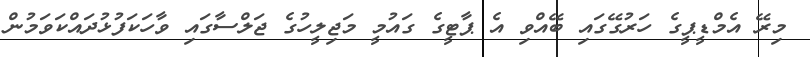
މިރޭ އެމްޑީޕީގެ ހަރުގޭގައި ބޭއްވި އެ ޕާޓީގެ ގައުމީ މަޖިލީހުގެ ޖަލްސާގައި ވާހަކަފުޅުދައްކަވަމުން